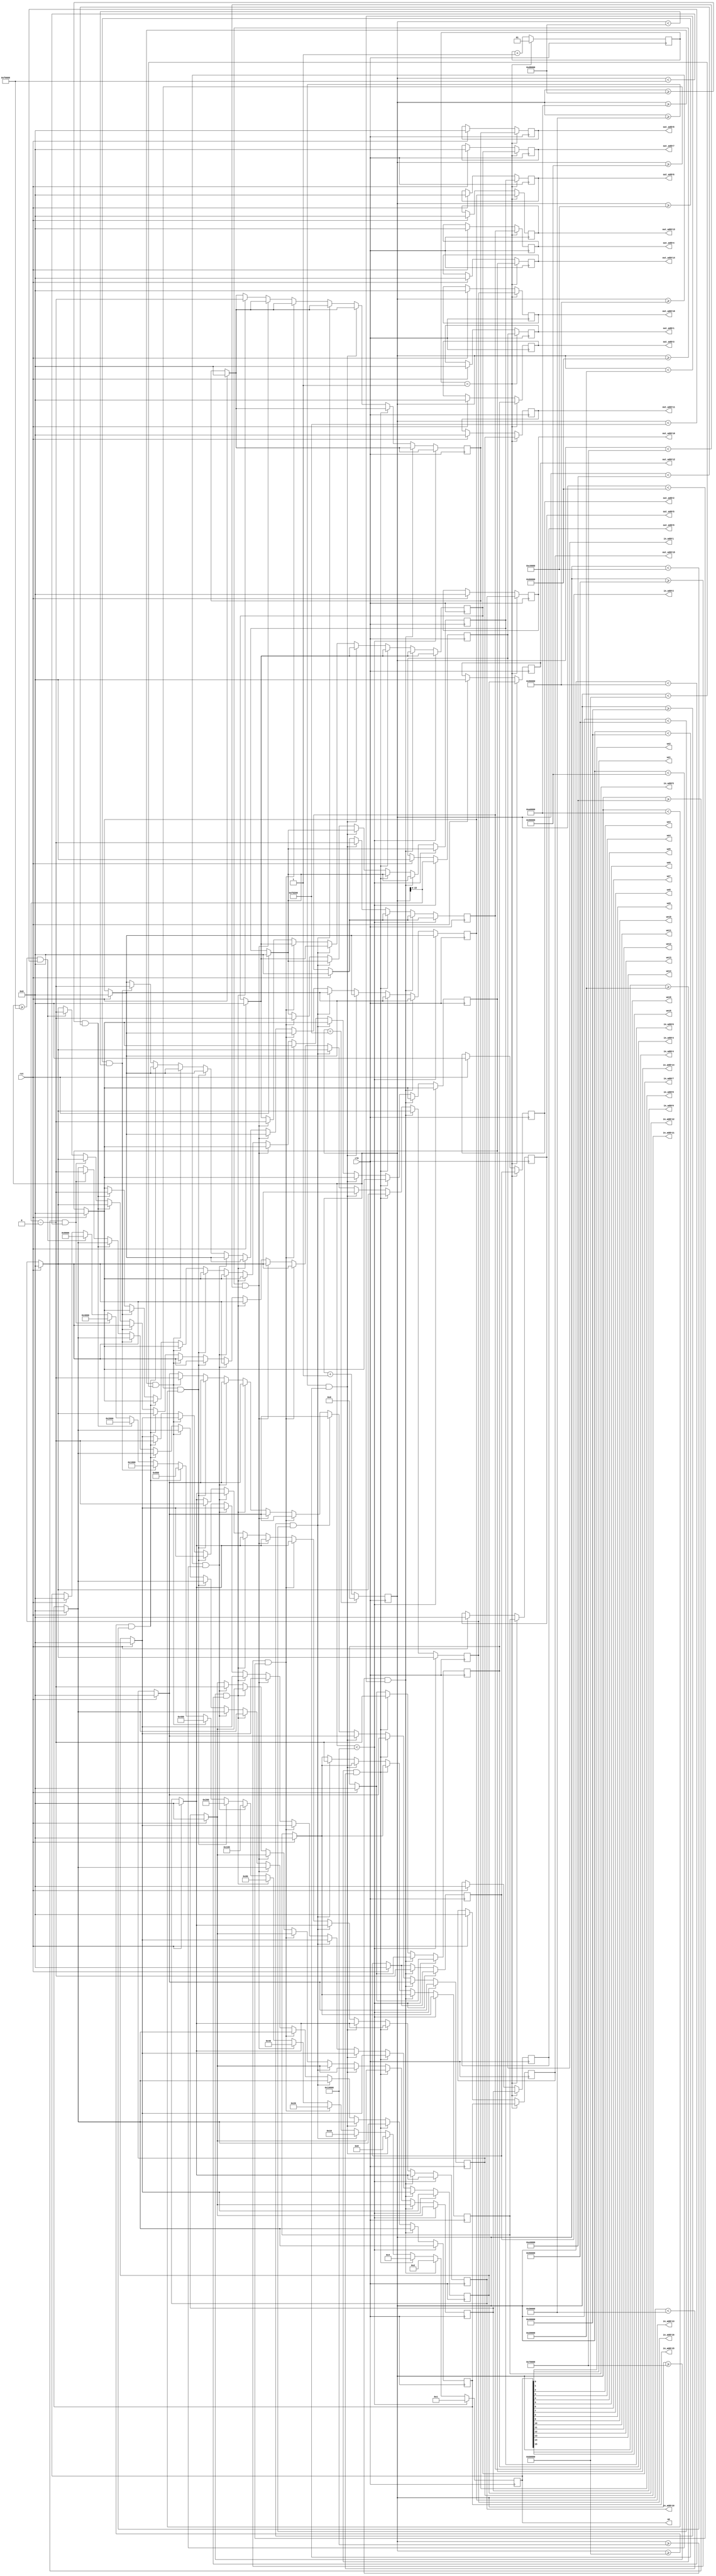
module addr_control 
(
input clk,
input rst,

output [15:0] in_addr1,
output [15:0] in_addr2,
output [15:0] in_addr3,
output [15:0] in_addr4,
output [15:0] in_addr5,
output [15:0] in_addr6,
output [15:0] in_addr7,
output [15:0] in_addr8,
output [15:0] in_addr9,
output [15:0] in_addr10,
output [15:0] in_addr11,
output [15:0] in_addr12,
output [15:0] in_addr13,
output [15:0] in_addr14,
output [15:0] in_addr15,
output [15:0] in_addr16,

output [15:0] out_addr1,
output [15:0] out_addr2,
output [15:0] out_addr3,
output [15:0] out_addr4,
output [15:0] out_addr5,
output [15:0] out_addr6,
output [15:0] out_addr7,
output [15:0] out_addr8,
output [15:0] out_addr9,
output [15:0] out_addr10,
output [15:0] out_addr11,
output [15:0] out_addr12,
output [15:0] out_addr13,
output [15:0] out_addr14,
output [15:0] out_addr15,
output [15:0] out_addr16,

output we1,
output we2,
output we3,
output we4,
output we5,
output we6,
output we7,
output we8,
output we9,
output we10,
output we11,
output we12,
output we13,
output we14,
output we15,
output we16,
output [15:0] we
);


reg [19:0] hcounter = {20{1'b0}}; 

reg [15:0] in_address1;
reg [15:0] in_address2;
reg [15:0] in_address3;
reg [15:0] in_address4;
reg [15:0] in_address5;
reg [15:0] in_address6;
reg [15:0] in_address7;
reg [15:0] in_address8;
reg [15:0] in_address9;
reg [15:0] in_address10;
reg [15:0] in_address11;
reg [15:0] in_address12;
reg [15:0] in_address13;
reg [15:0] in_address14;
reg [15:0] in_address15;
reg [15:0] in_address16;

reg [15:0] out_address1;
reg [15:0] out_address2;
reg [15:0] out_address3;
reg [15:0] out_address4;
reg [15:0] out_address5;
reg [15:0] out_address6;
reg [15:0] out_address7;
reg [15:0] out_address8;
reg [15:0] out_address9;
reg [15:0] out_address10;
reg [15:0] out_address11;
reg [15:0] out_address12;
reg [15:0] out_address13;
reg [15:0] out_address14;
reg [15:0] out_address15;
reg [15:0] out_address16;


reg [15:0] wenable;

reg [1:0] delay = {2{1'b0}};


always @(posedge clk) begin
	if (rst) begin 
		hcounter <= 20'd0;
	
		in_address1 <= 16'd0;
		in_address2 <= 16'd0;
		in_address3 <= 16'd0;
		in_address4 <= 16'd0;
		in_address5 <= 16'd0;
		in_address6 <= 16'd0;
		in_address7 <= 16'd0;
		in_address8 <= 16'd0;
		in_address9 <= 16'd0;
		in_address10 <= 16'd0;	
		in_address11 <= 16'd0;
		in_address12 <= 16'd0;
		in_address13 <= 16'd0;
		in_address14 <= 16'd0;	
		in_address15 <= 16'd0;	
		in_address16 <= 16'd0;	

		out_address1 <= 16'd0;
		out_address2 <= 16'd0;
		out_address3 <= 16'd0;
		out_address4 <= 16'd0;
		out_address5 <= 16'd0;
		out_address6 <= 16'd0;
		out_address7 <= 16'd0;
		out_address8 <= 16'd0;
		out_address9 <= 16'd0;
		out_address10 <= 16'd0;	
		out_address11 <= 16'd0;
		out_address12 <= 16'd0;
		out_address13 <= 16'd0;
		out_address14 <= 16'd0;	
		out_address15 <= 16'd0;	
		out_address16 <= 16'd0;	

		wenable <= 16'd0;

		delay <= 2'd0;
	end

	if (hcounter == 20'd1036800)
		hcounter <= 20'd0;
	else
		hcounter <= hcounter + 1'd1;
	

	if (delay == 2'd1)
		delay <= 2'd1;
	else 
		delay <= delay + 1'd1;

	if (hcounter < 20'd65536) begin
		wenable <= 16'b0000_0000_0000_0001;
		in_address1 <= hcounter;
	end
	
	else if (hcounter >= 20'd65536 && hcounter < 20'd131072) begin
		wenable <= 16'b0000_0000_0000_0010;
		in_address2 <= hcounter - 20'd65536;
	end
	
	else if (hcounter >= 20'd131072 && hcounter < 20'd196608) begin
		wenable <= 16'b0000_0000_0000_0100;
		in_address3 <= hcounter - 20'd131072;
	end

	else if (hcounter >= 20'd196608 && hcounter < 20'd262144) begin
		wenable <= 16'b0000_0000_0000_1000;
		in_address4 <= hcounter - 20'd196608;
	end

	else if (hcounter >= 20'd262144 && hcounter < 20'd327680) begin
		wenable <= 16'b0000_0000_0001_0000;
		in_address5 <= hcounter - 20'd262144;
	end

	else if (hcounter >= 20'd327680 && hcounter < 20'd393216) begin
		wenable <= 16'b0000_0000_0010_0000;
		in_address6 <= hcounter - 20'd327680;
	end

	else if (hcounter >= 20'd393216 && hcounter < 20'd458752) begin
		wenable <= 16'b0000_0000_0100_0000;
		in_address7 <= hcounter - 20'd393216;
	end
	
	else if (hcounter >= 20'd458752 && hcounter < 20'd524288) begin
		wenable <= 16'b0000_0000_1000_0000;
		in_address8 <= hcounter - 20'd458752;
	end

	else if (hcounter >= 20'd524288 && hcounter < 20'd589824) begin
		wenable <= 16'b0000_0001_0000_0000;
		in_address9 <= hcounter - 20'd524288;
	end

	else if (hcounter >= 20'd589824 && hcounter < 20'd655360) begin
		wenable <= 16'b0000_0010_0000_0000;
		in_address10 <= hcounter - 20'd589824;
	end

	else if (hcounter >= 20'd655360 && hcounter < 20'd720896) begin
		wenable <= 16'b0000_0100_0000_0000;
		in_address11 <= hcounter - 20'd655360;
	end

	else if (hcounter >= 20'd720896 && hcounter < 20'd786432) begin
		wenable <= 16'b0000_1000_0000_0000;
		in_address12 <= hcounter - 20'd720896;
	end

	else if (hcounter >= 20'd786432 && hcounter < 20'd851968) begin
		wenable <= 16'b0001_0000_0000_0000;
		in_address13 <= hcounter - 20'd786432;
	end

	else if (hcounter >= 20'd851968 && hcounter < 20'd917504) begin
		wenable <= 16'b0010_0000_0000_0000;
		in_address14 <= hcounter - 20'd851968;
	end

	else if (hcounter >= 20'd917504 && hcounter < 20'd983040) begin
		wenable <= 16'b0100_0000_0000_0000;
		in_address15 <= hcounter - 20'd917504;
	end

	else if (hcounter >= 20'd983040 && hcounter < 20'd1036800) begin
		wenable <= 16'b1000_0000_0000_0000;
		in_address16 <= hcounter - 20'd983040;
	end



if (delay == 2'd1)begin
	out_address1 <= in_address1;
	out_address2 <= in_address2;	
	out_address3 <= in_address3;
	out_address4 <= in_address4;
	out_address5 <= in_address5;
	out_address6 <= in_address6;
	out_address7 <= in_address7;
	out_address8 <= in_address8;
	out_address9 <= in_address9;
	out_address10 <= in_address10;
	out_address11 <= in_address11;
	out_address12 <= in_address12;
	out_address13 <= in_address13;
	out_address14 <= in_address14;
	out_address15 <= in_address15;
	out_address16 <= in_address16;
end		
end

assign in_addr1 = in_address1;
assign in_addr2 = in_address2;
assign in_addr3 = in_address3;
assign in_addr4 = in_address4;
assign in_addr5 = in_address5;
assign in_addr6 = in_address6;
assign in_addr7 = in_address7;
assign in_addr8 = in_address8;
assign in_addr9 = in_address9;
assign in_addr10 = in_address10;
assign in_addr11 = in_address11;
assign in_addr12 = in_address12;
assign in_addr13 = in_address13;
assign in_addr14 = in_address14;
assign in_addr15 = in_address15;
assign in_addr16 = in_address16;

assign out_addr1 = out_address1;
assign out_addr2 = out_address2;
assign out_addr3 = out_address3;
assign out_addr4 = out_address4;
assign out_addr5 = out_address5;
assign out_addr6 = out_address6;
assign out_addr7 = out_address7;
assign out_addr8 = out_address8;
assign out_addr9 = out_address9;
assign out_addr10 = out_address10;
assign out_addr11 = out_address11;
assign out_addr12 = out_address12;
assign out_addr13 = out_address13;
assign out_addr14 = out_address14;
assign out_addr15 = out_address15;
assign out_addr16 = out_address16;


assign we1 = wenable[0];
assign we2 = wenable[1];
assign we3 = wenable[2];
assign we4 = wenable[3];
assign we5 = wenable[4];
assign we6 = wenable[5];
assign we7 = wenable[6];
assign we8 = wenable[7];
assign we9 = wenable[8];
assign we10 = wenable[9];
assign we11 = wenable[10];
assign we12 = wenable[11];
assign we13 = wenable[12];
assign we14 = wenable[13];
assign we15 = wenable[14];
assign we16 = wenable[15];

assign we = wenable;

endmodule